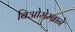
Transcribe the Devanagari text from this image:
बिओमेम्ब्राने